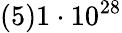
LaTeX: (5)1\cdot 10^{28}